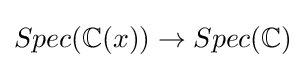
Spec(\mathbb {C} (x))\to Spec(\mathbb {C} )